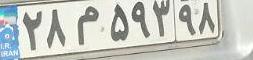
۲۸م۵۹۳۹۸